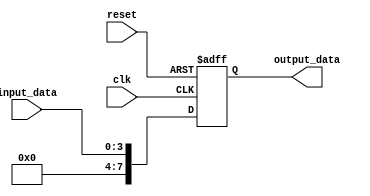
module Generate_Parameterized_Module #(parameter PARAM_1 = 4, parameter PARAM_2 = 8) (
    input wire clk,
    input wire reset,
    input wire [PARAM_1-1:0] input_data,
    output reg [PARAM_2-1:0] output_data
);

// Logic to generate instances based on parameter values
always @(posedge clk or posedge reset) begin
    if (reset) begin
        output_data <= 0;
    end else begin
        output_data <= input_data;
    end
end

endmodule